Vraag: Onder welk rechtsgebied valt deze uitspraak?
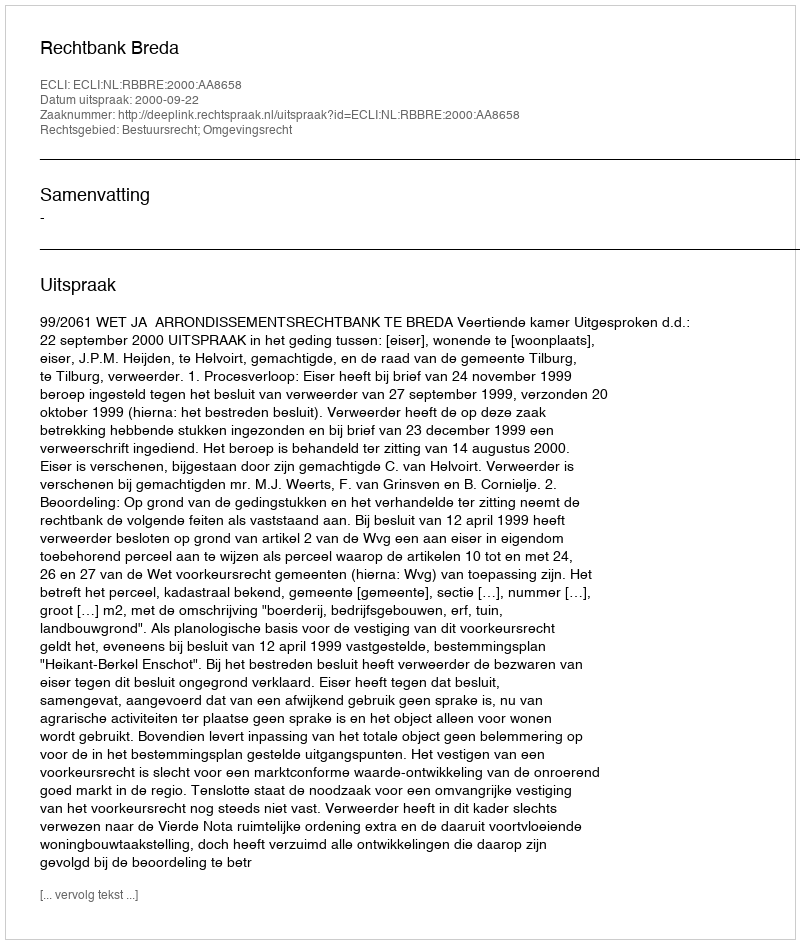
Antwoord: Bestuursrecht; Omgevingsrecht